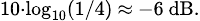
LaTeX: \scriptstyle 10\cdot\log_{10}(1/4)\ \approx\ -6\ \mathrm{dB}.